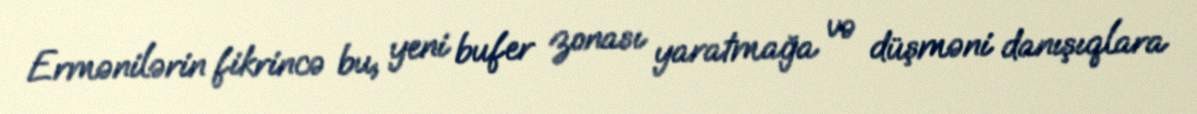
Ermənilərin fikrincə bu, yeni bufer zonası yaratmağa və düşməni danışıqlara